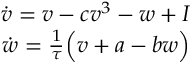
\begin{array} { r } { \dot { v } = v - c v ^ { 3 } - w + I } \\ { \dot { w } = \frac { 1 } { \tau } \Big ( v + a - b w \Big ) } \end{array}